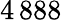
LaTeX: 4\, 888